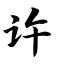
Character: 许